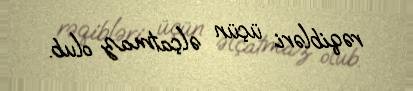
rəqibləri üçün əlçatmaz olub.